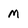
Character: m